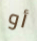
أو